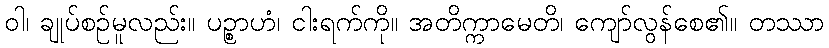
ဝါ၊ ချုပ်စဉ်မူလည်း။ ပဉ္စာဟံ၊ ငါးရက်ကို။ အတိက္ကာမေတိ၊ ကျော်လွန်စေ၏။ တဿာ